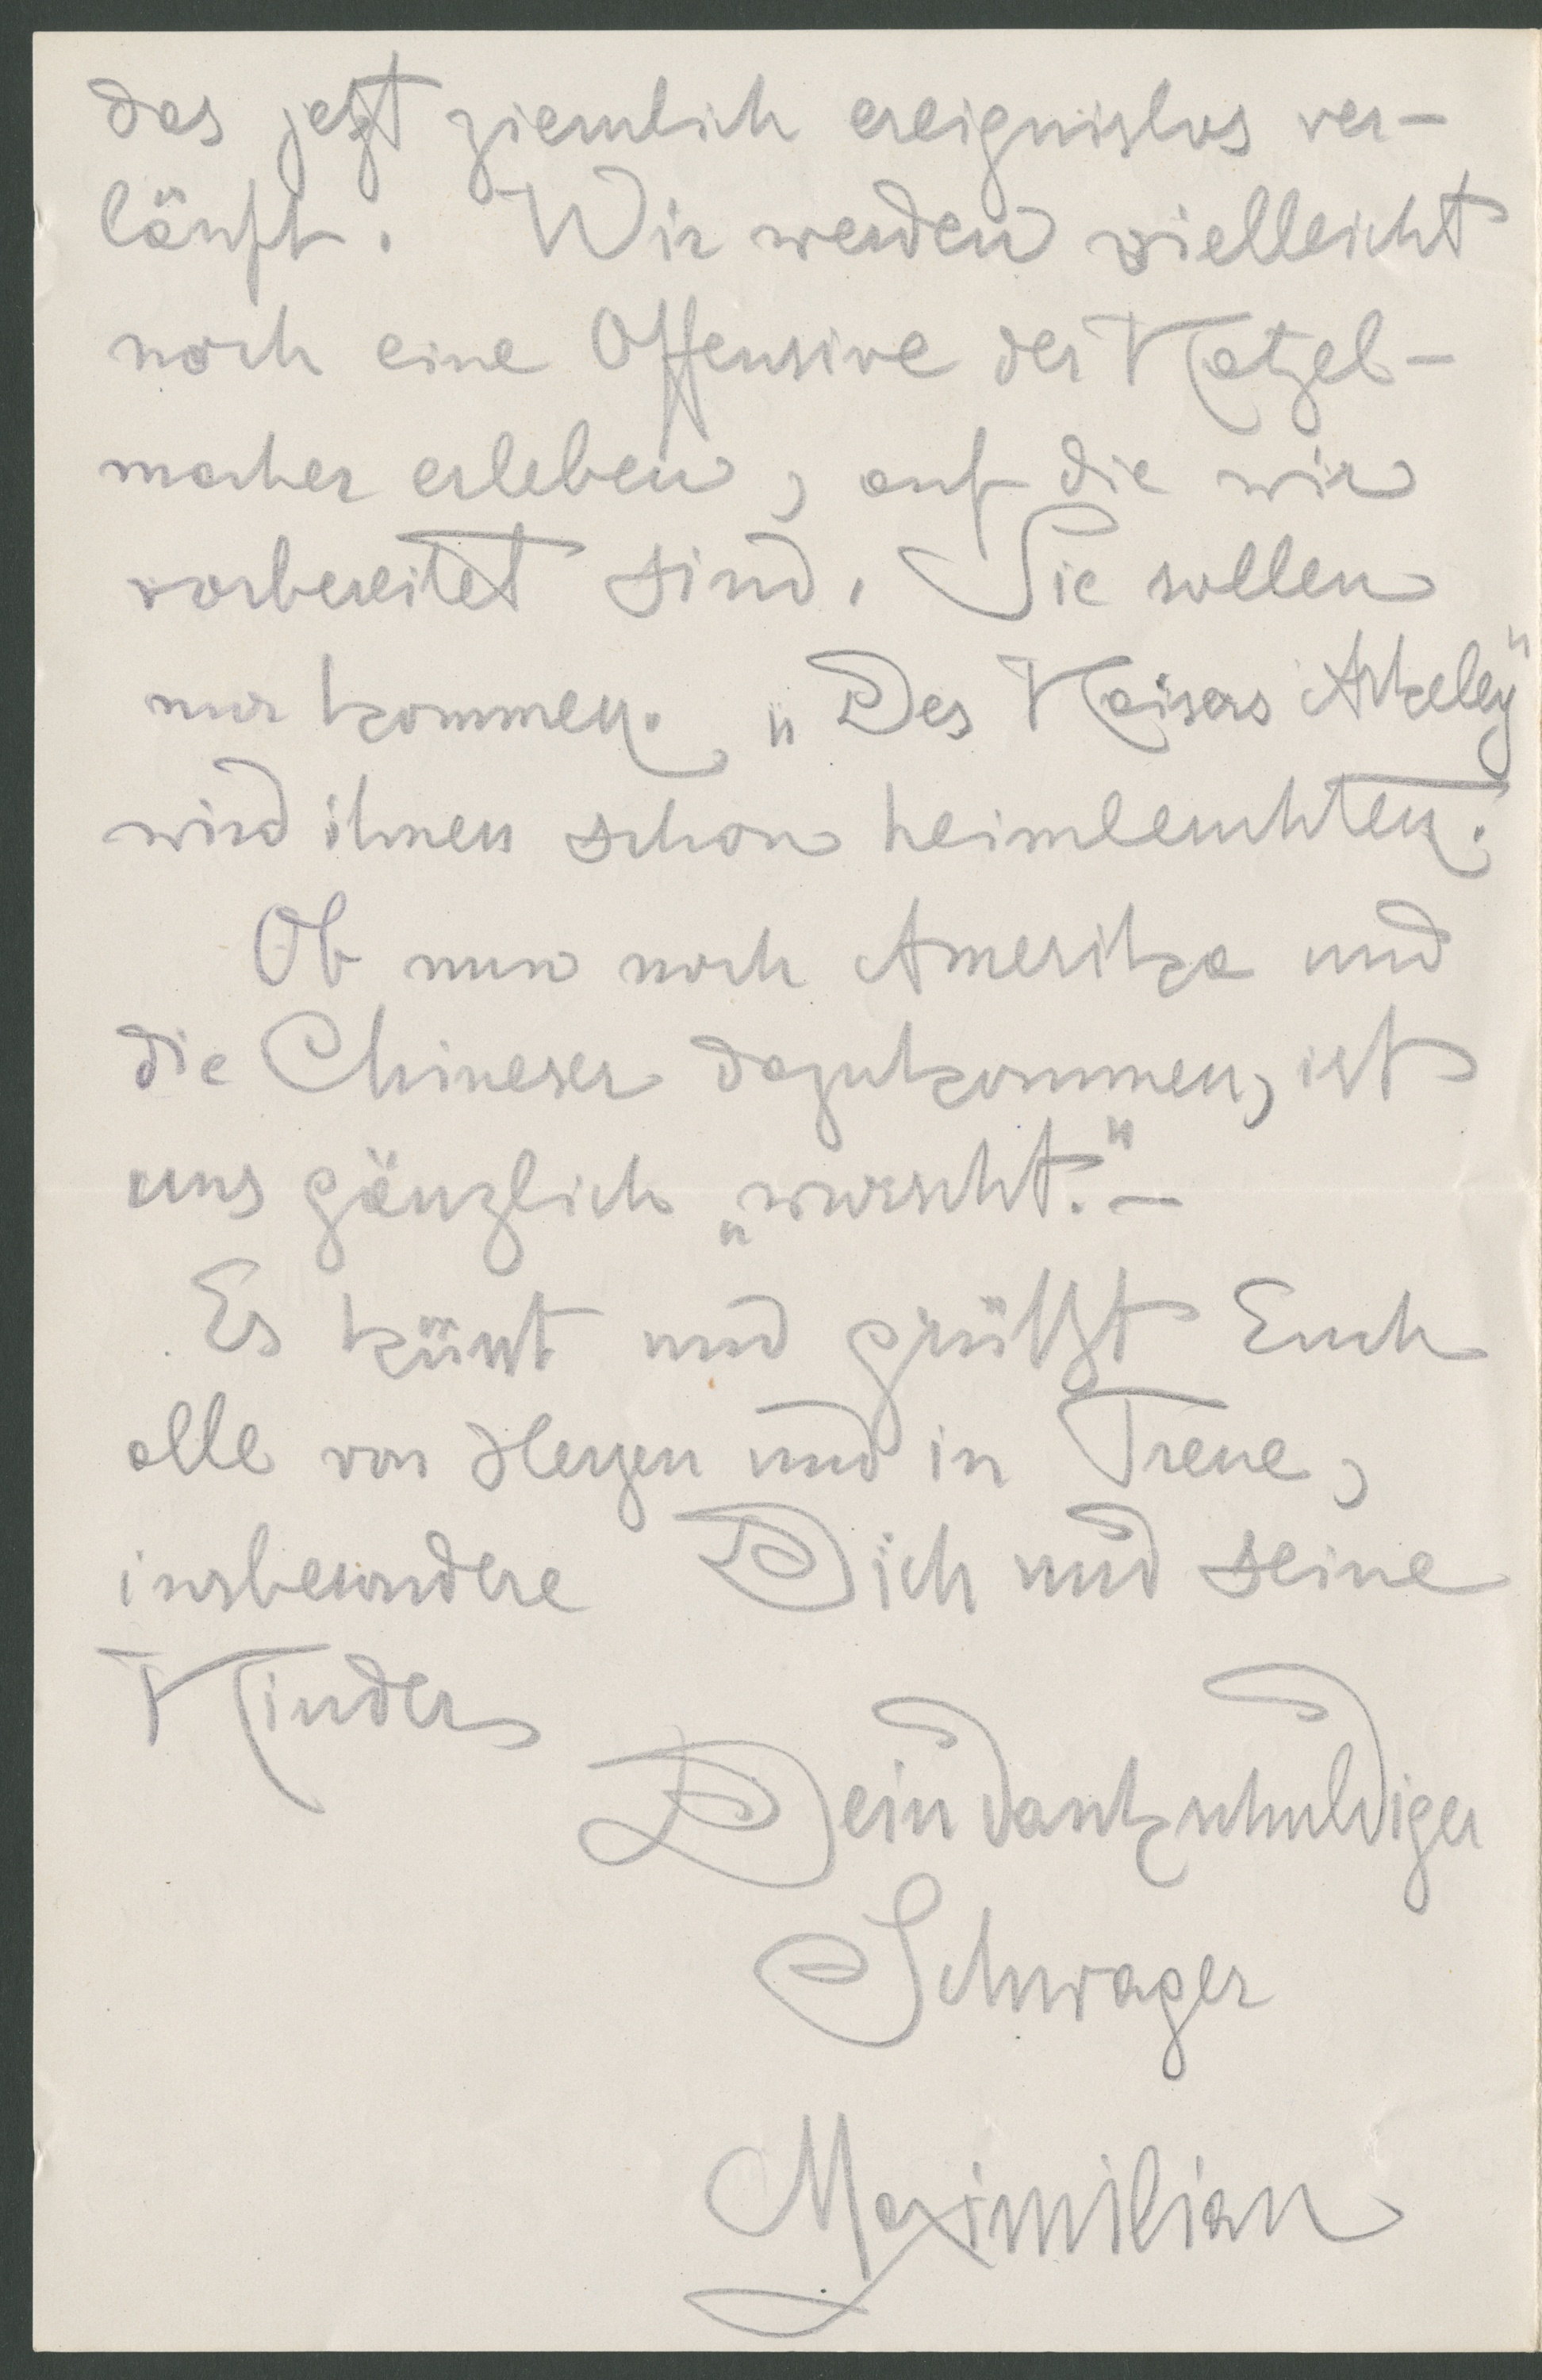
das jetzt ziemlich ereignislos ver-
läuft. Wir werden vielleicht
noch eine Offensive der Katzel-
machr erleben, auf die wir
vorbereitet sind. Sie sollen
nur kommen. "Des Kaisers Akeley"
wird ihnen schon heimleuchten.
Ob nun noch Amerkia und
die Chinesen dazukommen, ist
uns gänzlich "wurscht".
Es küsst und grüßt Euch
alle von herzen und in Treue,
insbesondere Dich und seine
Kinder
Dein dankschuldiger
Schwager
Maximilian